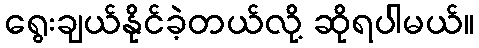
ရွေးချယ်နိုင်ခဲ့တယ်လို့ ဆိုရပါမယ်။